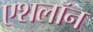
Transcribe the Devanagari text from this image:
एशलॉन